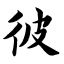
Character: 彼